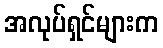
အလုပ်ရှင်များက